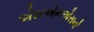
એસએમએસનો